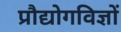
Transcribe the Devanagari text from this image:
प्रौद्योगविज्ञों